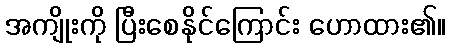
အကျိုးကို ပြီးစေနိုင်ကြောင်း ဟောထား၏။